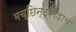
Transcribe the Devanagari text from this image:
मच्छिन्द्रगडाचा